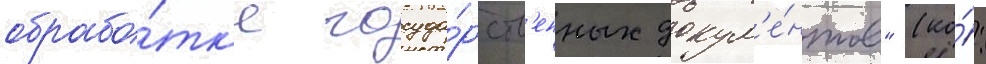
обрабо́тк'е госуда́рств'енных докум'е́нтов" (ко́: